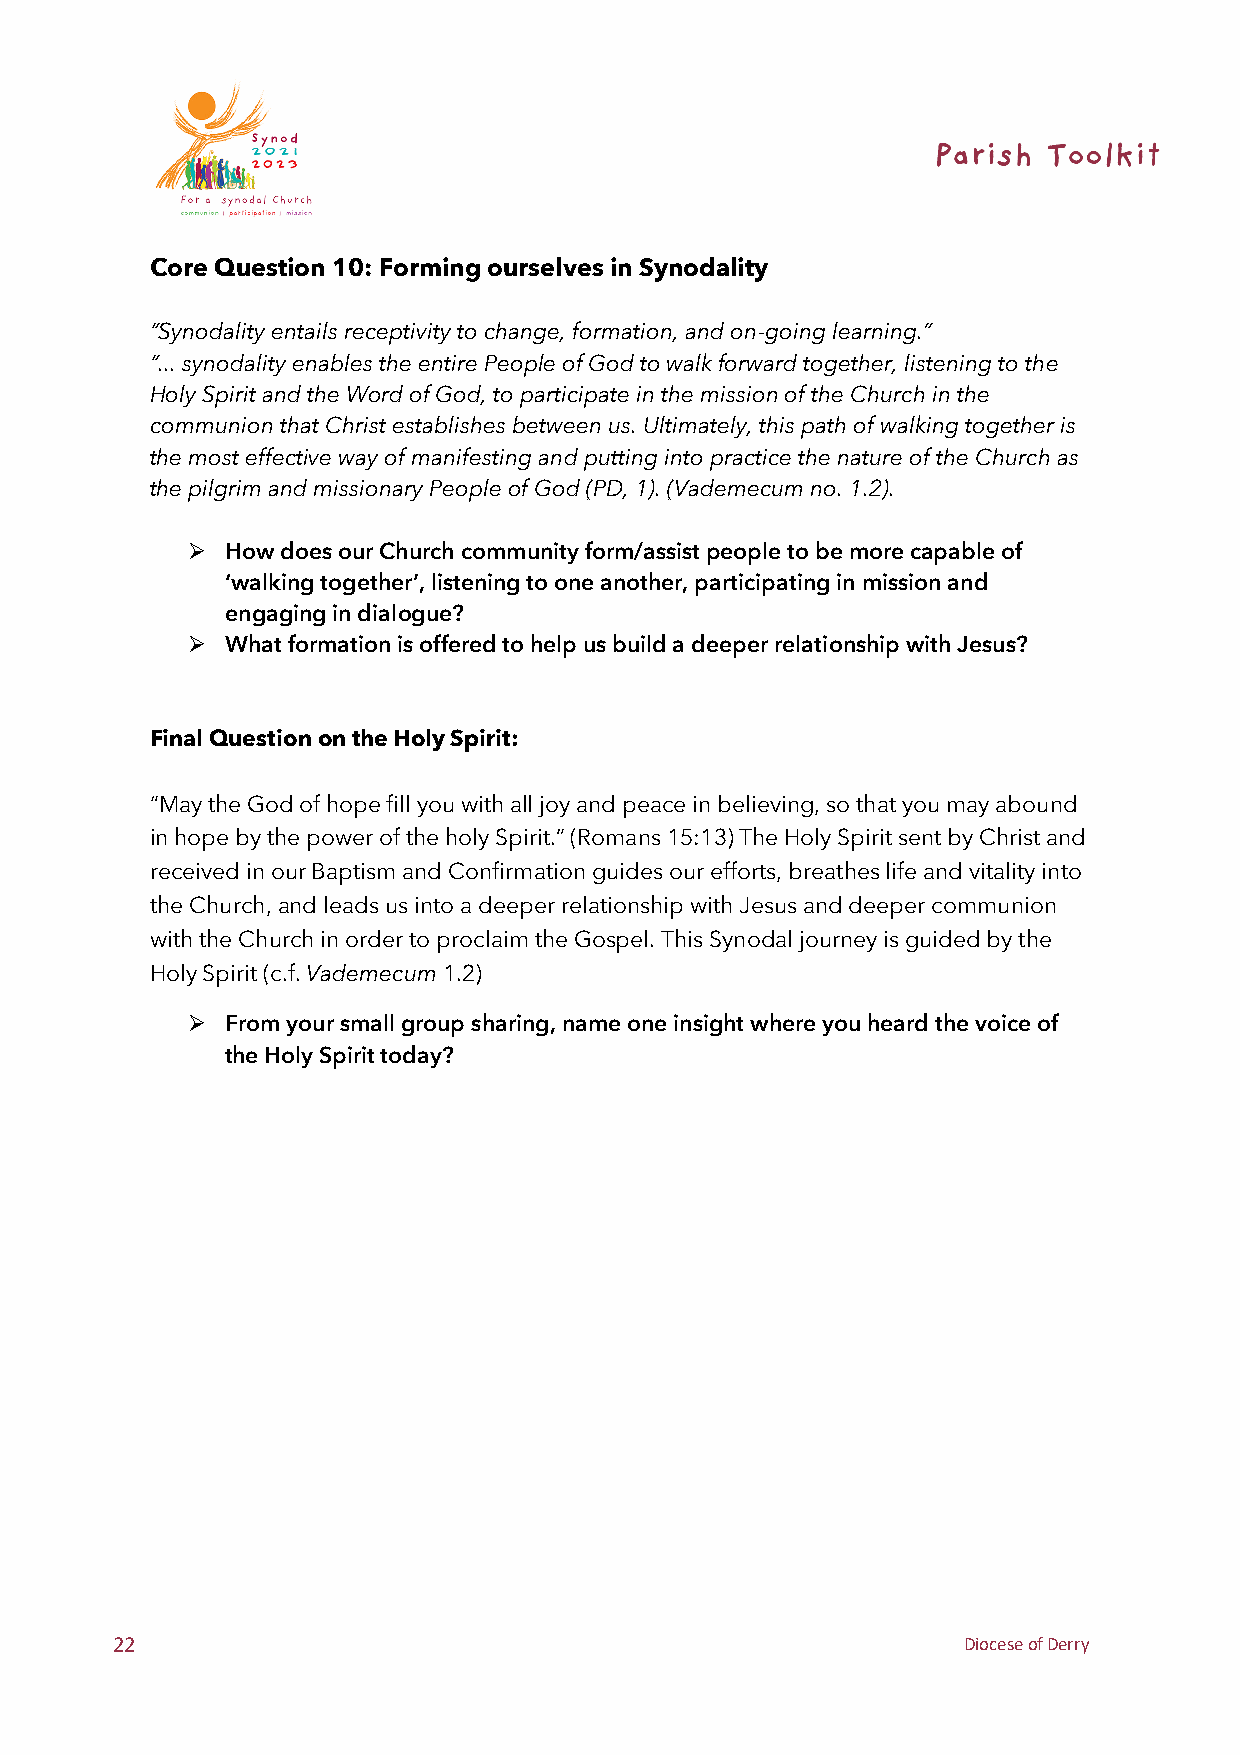
Core Question 10: Forming ourselves in Synodality
 “Synodality entails receptivity to change, formation, and on-going learning.”
 “... synodality enables the entire People of God to walk forward together, listening to the
 Holy Spirit and the Word of God, to participate in the mission of the Church in the
 communion that Christ establishes between us. Ultimately, this path of walking together is
 the most effective way of manifesting and putting into practice the nature of the Church as
 the pilgrim and missionary People of God (PD, 1). (Vademecum no. 1.2).
 Ø  How does our Church community form/assist people to be more capable of
 ‘walking together’, listening to one another, participating in mission and
 engaging in dialogue?
 Ø  What formation is offered to help us build a deeper relationship with Jesus?
 Final Question on the Holy Spirit:
 “May the God of hope fill you with all joy and peace in believing, so that you may abound
 in hope by the power of the holy Spirit.” (Romans 15:13) The Holy Spirit sent by Christ and
 received in our Baptism and Confirmation guides our efforts, breathes life and vitality into
 the Church, and leads us into a deeper relationship with Jesus and deeper communion
 with the Church in order to proclaim the Gospel. This Synodal journey is guided by the
 Holy Spirit (c.f. Vademecum 1.2)
 Ø  From your small group sharing, name one insight where you heard the voice of
 the Holy Spirit today?
 22                                                       Diocese of Derry